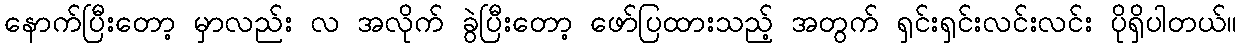
နောက်ပြီးတော့ မှာလည်း လ အလိုက် ခွဲပြီးတော့ ဖော်ပြထားသည့် အတွက် ရှင်းရှင်းလင်းလင်း ပိုရှိပါတယ်။